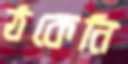
ঠকেনি